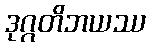
ဒုဂ္ဂတိဘယဿ